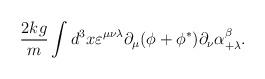
LaTeX: \begin{align*}{2kg\over m} \int d^3x \varepsilon^{\mu \nu \lambda}\partial_{\mu} (\phi +\phi^*) \partial_\nu \alpha^\beta_{+\lambda} .\end{align*}